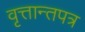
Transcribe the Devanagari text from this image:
वृत्तान्तपत्र